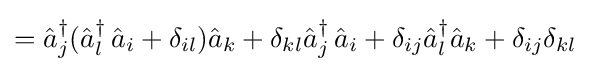
={\hat {a}}_{j}^{\dagger }({\hat {a}}_{l}^{\dagger }\,{\hat {a}}_{i}+\delta _{il}){\hat {a}}_{k}+\delta _{kl}{\hat {a}}_{j}^{\dagger }\,{\hat {a}}_{i}+\delta _{ij}{\hat {a}}_{l}^{\dagger }{\hat {a}}_{k}+\delta _{ij}\delta _{kl}